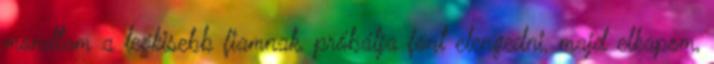
mondtam a legkisebb fiamnak, próbálja fönt elengedni, majd elkapom,